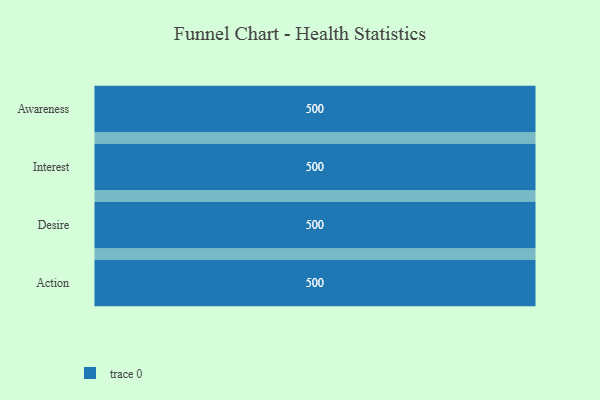
{"axis": {"x": "Stage", "y": "Value"}, "legend": [""], "data": [{"x": "Awareness", "y": 500, "type": ""}, {"x": "Interest", "y": 500, "type": ""}, {"x": "Desire", "y": 500, "type": ""}, {"x": "Action", "y": 500, "type": ""}]}